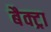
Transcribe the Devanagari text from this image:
बैक्ट्रा